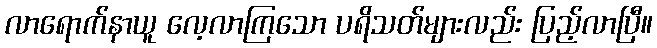
လာရောက်နာယူ လေ့လာကြသော ပရိသတ်များလည်း ပြည့်လာပြီ။